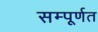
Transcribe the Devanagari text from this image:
सम्पूर्णत